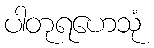
ပါတုရဟေသုံ